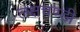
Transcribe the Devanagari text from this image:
लक्षचण्डी